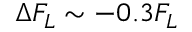
\Delta F _ { L } \sim - 0 . 3 F _ { L }